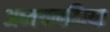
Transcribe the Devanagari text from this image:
अध्ययनकिया